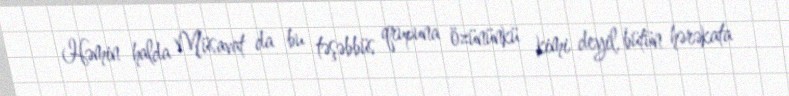
Həmin halda Müsavat da bu təşəbbüs qrupuna özününkü kimi deyil, bütün hərəkata